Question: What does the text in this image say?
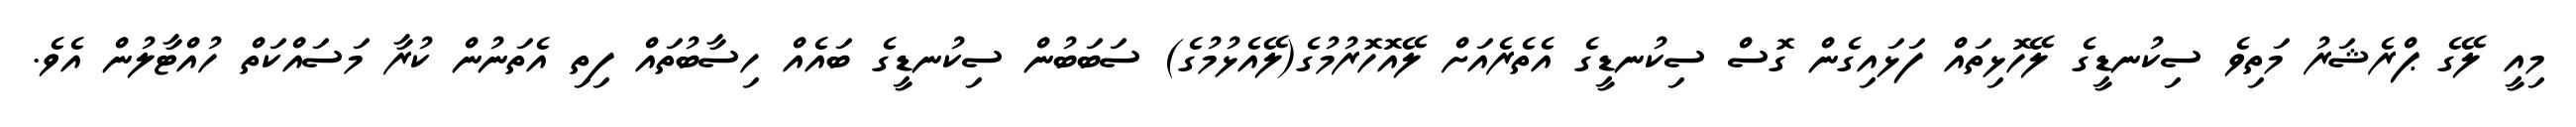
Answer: މިއީ ލޭގެ ޕްރެޝަރު މަތިވެ ސިކުނޑީގެ ލޭހޮޅިތައް ފަޅައިގެން ގޮސް ސިކުނޑީގެ އެތެރެއަށް ލޭއޮހޮރުމުގެ(ލޭއެޅުމުގެ) ސަބަބުން ސިކުނޑީގެ ބައެއް ހިސާބުތައް ފިތި އެތަނުން ކުރާ މަސައްކަތް ހުއްޓާލުން އެވެ.